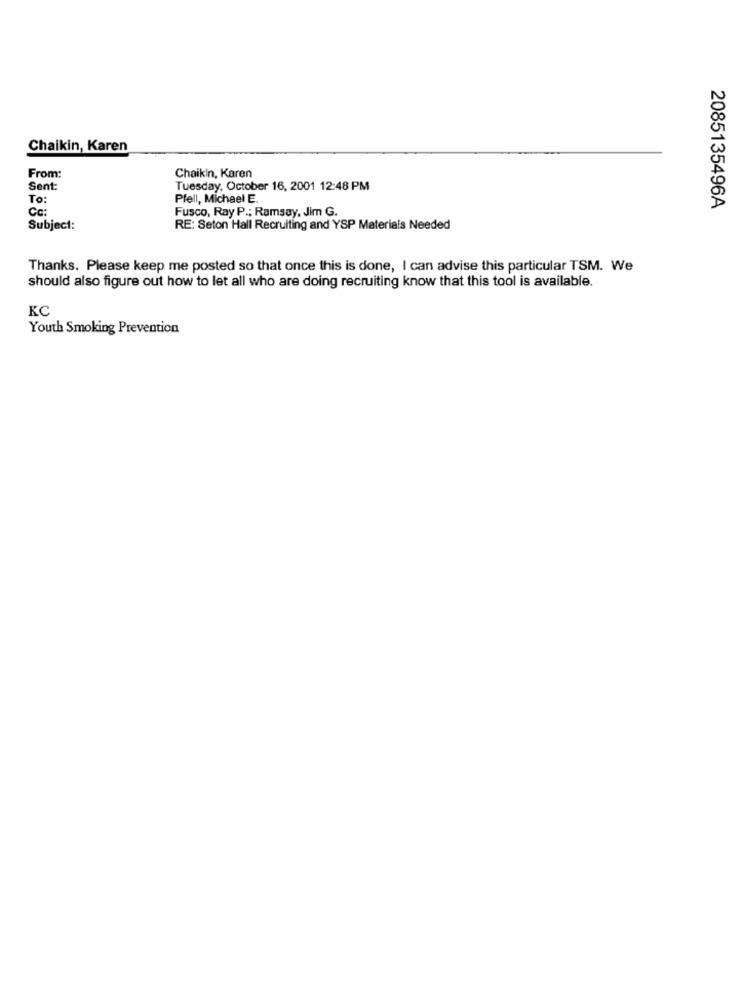
Chaikin, Karen
From:
Chaikin, Karen
Sent:
Tuesday, October 16, 2001 12:48 PM
To:
Prell, Michael E.
Cc:
Fusco, Ray P .; Ramsay, Jim G.
2085135496A
Subject:
RE: Seton Hall Recruiting and YSP Materials Needed
Thanks. Please keep me posted so that once this is done, I can advise this particular TSM. We
should also figure out how to let all who are doing recruiting know that this tool is available.
KC
Youth Smoking Prevention